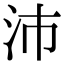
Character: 沛